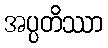
အပ္ပတိဿာ